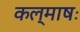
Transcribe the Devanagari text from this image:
कल्माषः